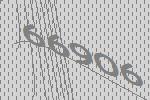
66906